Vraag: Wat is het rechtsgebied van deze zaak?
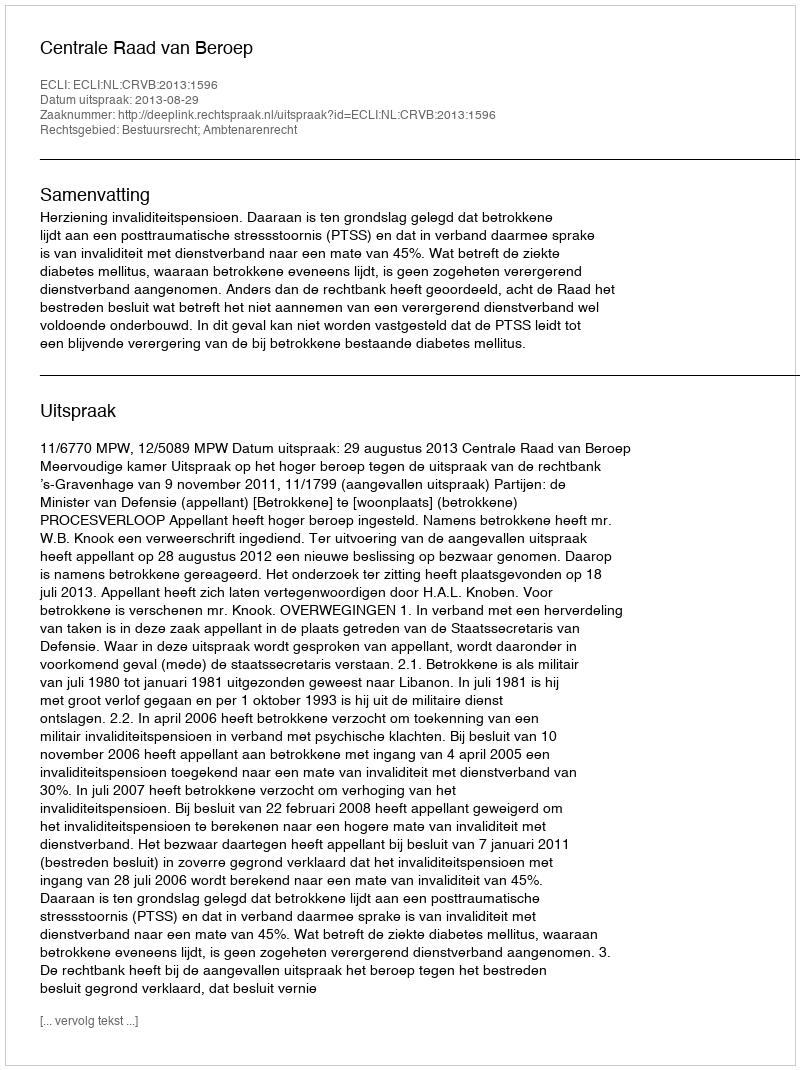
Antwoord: Bestuursrecht; Ambtenarenrecht